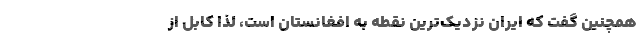
همچنین گفت که ایران نزدیک‌ترین نقطه به افغانستان است، لذا کابل از